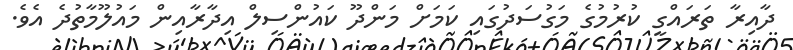
ދާއިރާ ތަރައްގީ ކުރުމުގެ މަގުސަދުގައި ކަމަށް މަންދޫ ކައުންސިލް އިދާރާއިން މައުލޫމާތުދެ އެެވެ.